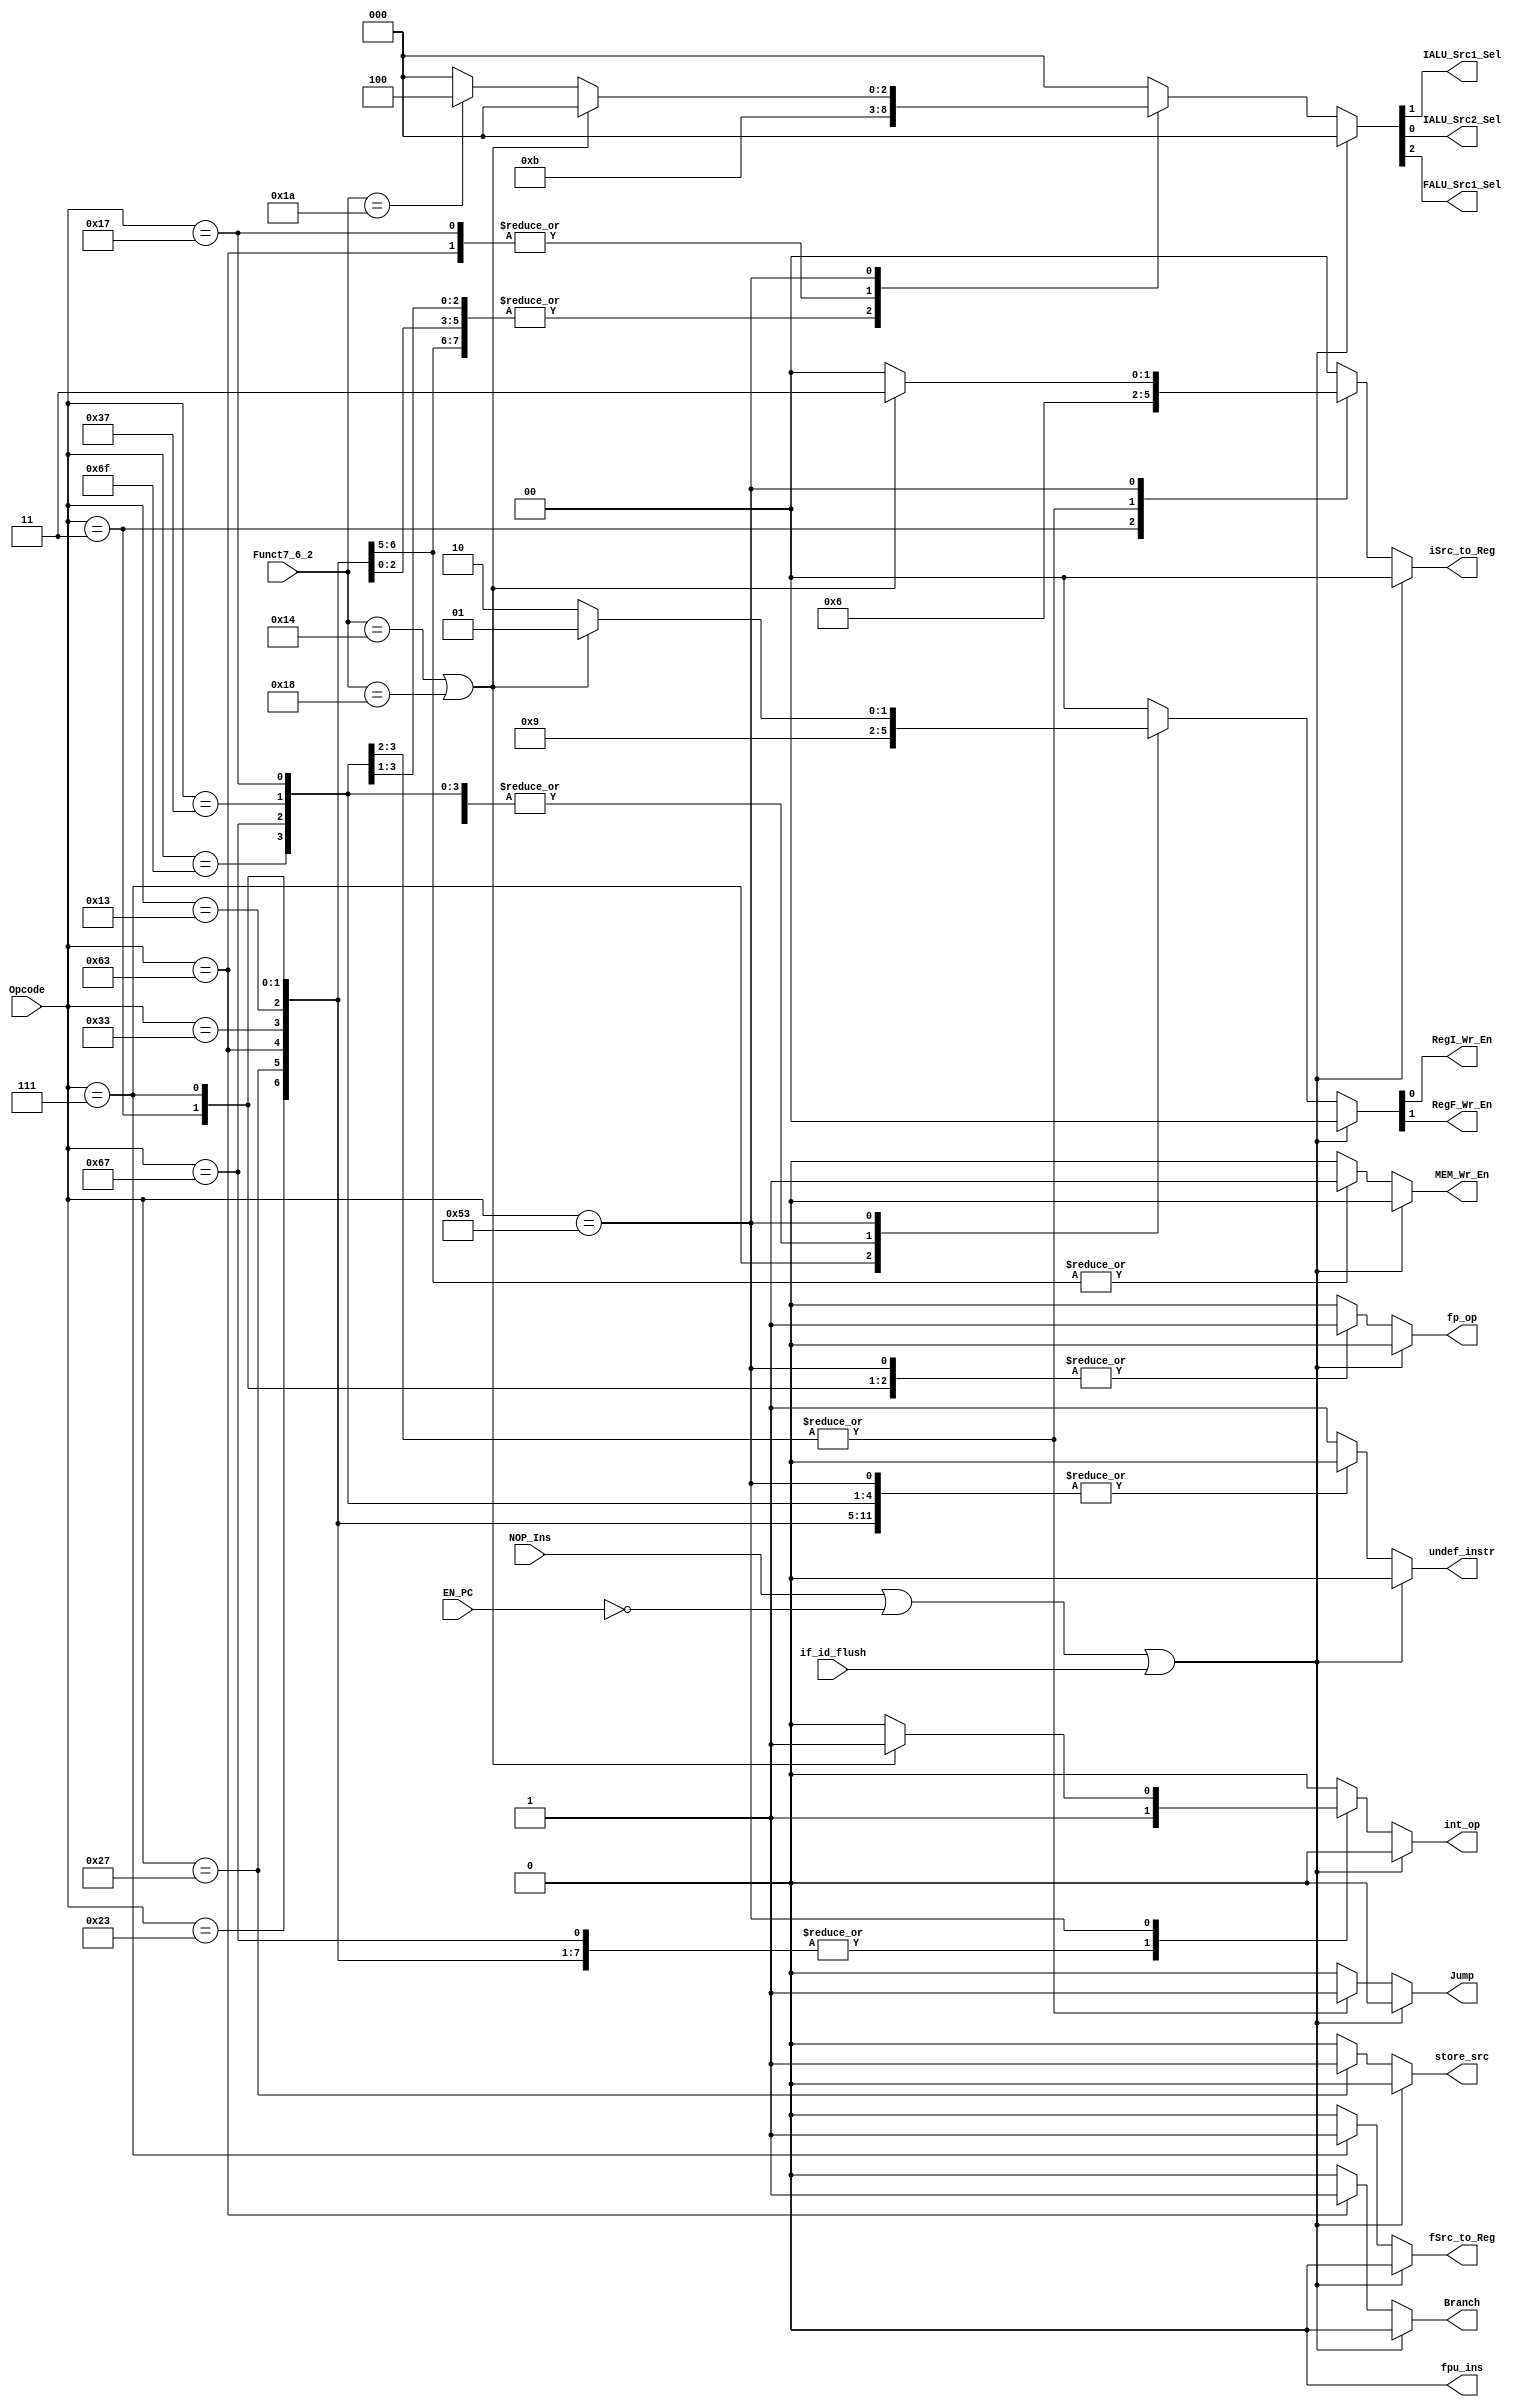
(* DONT_TOUCH = "TRUE" *) module Main_Decoder
(
	// INPUT
	input wire [6:0] Opcode,
	input wire       EN_PC,
	input wire       NOP_Ins,
	input wire       if_id_flush,	
	input wire [4:0] Funct7_6_2, 
	// OUTPUT
	// Memory Control Signals
	output reg       MEM_Wr_En,
	output reg       store_src,
	// Register Write Source
	output reg [1:0] iSrc_to_Reg,
	output reg       fSrc_to_Reg,	
	// RegFile Control Signals
	output wire 	 RegI_Wr_En,
	output wire 	 RegF_Wr_En,
	// Integer ALU Source signals
	output wire 	 IALU_Src1_Sel,
	output wire 	 IALU_Src2_Sel,
	output reg       int_op,
	// Floating ALU Source signals
	output wire      FALU_Src1_Sel,
	output reg       fp_op,
	// PC signals
	output reg       Branch,
	output reg       Jump,
	// Floating point instruction detection
	output reg       fpu_ins,
	// undefined instruction
	output reg       undef_instr
);

// Supported ISA Based on the opcode
// Integer Instrustions
// R_TYPE Format
localparam R_TYPE_I = 7'b0110011;

// I_Type Format
localparam IMM 		= 7'b0010011;
localparam LOAD_I   = 7'b0000011;
localparam LOAD_F   = 7'b0000111;
localparam JALR     = 7'b1100111;

// S_Type
localparam STORE_I  = 7'b0100011;
localparam STORE_F  = 7'b0100111;
// SB_Type
localparam BRANCH 	= 7'b1100011; 

// UJ_Type
localparam JAL      = 7'b1101111;

// U_Type
localparam LUI 	    = 7'b0110111;
localparam AUIPC    = 7'b0010111;

// Floating Point Instructions
localparam R_TYPE_F = 7'b1010011;

reg [3:0] reg_flags;
reg [2:0] alu_src_flags;

reg main_alu_src1;
reg main_alu_src2;

reg PC_Change;
reg pc_src_flags;

assign {RegF_Wr_En,RegI_Wr_En} 					   = reg_flags;
assign {FALU_Src1_Sel,IALU_Src1_Sel,IALU_Src2_Sel} = alu_src_flags;

always @(*) begin
	
	MEM_Wr_En     = 1'b0;
	iSrc_to_Reg   = 2'b00;
	fSrc_to_Reg   = 1'b0;
	reg_flags     = 2'b00;
	alu_src_flags = 'b0;
	Branch        = 1'b0;
	Jump          = 1'b0;
	undef_instr   = 1'b0;
	fpu_ins       = 1'b0;
	int_op        = 1'b0;
	fp_op         = 1'b0;
	store_src     = 1'b0;

	// NOP insertion or Instruction is corrupted
	if (NOP_Ins || !EN_PC || if_id_flush) begin
		main_alu_src1 = 1'b0;
		main_alu_src2 = 1'b0;
		iSrc_to_Reg   = 2'b00;
		fSrc_to_Reg   = 1'b0;
		reg_flags     = 'b0;
		alu_src_flags = 'b0;
		Branch        = 1'b0;
	    Jump          = 1'b0;
		undef_instr   = 1'b0;
		int_op        = 1'b0;
		fp_op         = 1'b0;
		store_src     = 1'b0;
		MEM_Wr_En     = 1'b0;
	end
	else begin
		case (Opcode)
			R_TYPE_I: begin
				reg_flags 	  = 2'b01;
				int_op  	  = 1'b1;
			end
			IMM:begin
				reg_flags 	  = 2'b01;
				alu_src_flags = 3'b001; 
				int_op  	  = 1'b1;
			end
			LOAD_I: begin
				int_op  	  = 1'b1;
				fp_op         = 1'b1;
				reg_flags 	  = 2'b01;
				alu_src_flags = 3'b001;
				iSrc_to_Reg   = 2'b01;
			end
			LOAD_F: begin
				int_op  	  = 1'b1;
				fp_op         = 1'b1;
				reg_flags 	  = 2'b10;
				alu_src_flags = 3'b001;
				fSrc_to_Reg   = 1'b1;
			end
			STORE_I: begin
				int_op  	  = 1'b1;
				fp_op         = 1'b1;
				alu_src_flags = 3'b001;
				MEM_Wr_En     = 1'b1;
			end
			STORE_F: begin
				int_op  	  = 1'b1;
				fp_op         = 1'b1;
				store_src     = 1'b1;
				main_alu_src1 = 1'b1;
				alu_src_flags = 3'b001;
				MEM_Wr_En     = 1'b1;
			end
			BRANCH: begin
				int_op  	  = 1'b1;
				alu_src_flags = 3'b011;
				PC_Change     = 1'b1;
				Branch        = 1'b1;
			end
			JAL: begin
				PC_Change     = 1'b1;
				reg_flags     = 2'b01;
				iSrc_to_Reg   = 2'b10;
				alu_src_flags = 3'b001;
				Jump          = 1'b1;
			end
			JALR: begin
				int_op  	  = 1'b1;
				Jump          = 1'b1;
				reg_flags     = 2'b01;
				PC_Change     = 1'b1;
				iSrc_to_Reg   = 2'b10;
				alu_src_flags = 3'b001;
			end
			LUI: begin
				reg_flags     = 2'b01;
				alu_src_flags = 3'b001;
			end
			AUIPC: begin
				reg_flags     = 2'b01;
				alu_src_flags = 3'b011;
			end
			R_TYPE_F : begin
				if (Funct7_6_2 == 5'b10100 || Funct7_6_2 == 5'b11000) begin
					reg_flags   = 2'b01;
					fp_op       = 1'b1;
					int_op      = 1'b1;
					iSrc_to_Reg = 2'b11;
				end
				else if (Funct7_6_2 == 5'b11010) begin
					fp_op         = 1'b1;
					alu_src_flags = 3'b100;
					reg_flags     = 2'b10;
				end
				else begin
					fp_op         = 1'b1;
					reg_flags     = 2'b10;
				end 
			end
			default: begin
				store_src     = 1'b0;
				fpu_ins       = 1'b0;
				PC_Change     = 1'b0;
				MEM_Wr_En     = 1'b0;
				reg_flags     = 2'b0;
				alu_src_flags = 3'b0;
				pc_src_flags  = 2'b0;
				undef_instr   = 1'b1;
				int_op        = 1'b0;
				fp_op         = 1'b0;
			end
		endcase
	end
	
end

endmodule